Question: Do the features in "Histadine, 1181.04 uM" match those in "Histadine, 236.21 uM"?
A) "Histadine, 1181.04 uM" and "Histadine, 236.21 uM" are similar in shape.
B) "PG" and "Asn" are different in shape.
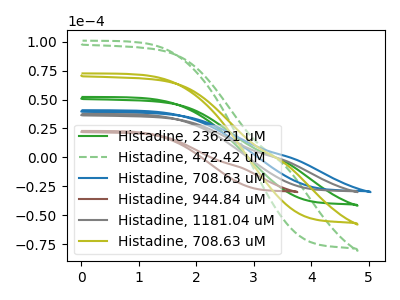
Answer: <think>The green curve "Histadine, 236.21 uM" has no peaks. The green dashed curve "Histadine, 472.42 uM" has no peaks. The blue curve "Histadine, 708.63 uM" has no peaks. The brown curve "Histadine, 944.84 uM" has no peaks. The gray curve "Histadine, 1181.04 uM" has no peaks. The olive curve "Histadine, 708.63 uM" has no peaks.
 Neither "Histadine, 1181.04 uM" or "Histadine, 236.21 uM" have any peaks.</think>
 <answer>A) "Histadine, 1181.04 uM" and "Histadine, 236.21 uM" are similar in shape.</answer>
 <eval>A</eval>